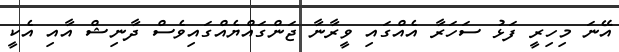
އޭނަ މިހިރީ ފަޅު ސަހަރާ އެއްގައި ވީރާނާ ޖަންގައްޔެއްގައިވެސް ދާނިޝް އާއި އެކީ